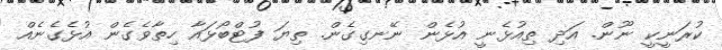
ކުރަނީކީ ނޫން. އަދި ތިއުޅެނީ އުޅެން ނޭނގިގެން. ތިޔަ ފުޓްބޯޅައާ ހިތާވެގެން އުޅެގެނެއް